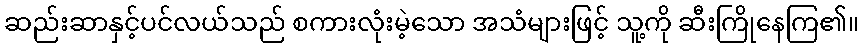
ဆည်းဆာနှင့်ပင်လယ်သည် စကားလုံးမဲ့သော အသံများဖြင့် သူ့ကို ဆီးကြိုနေကြ၏။